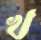
খ